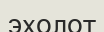
эхолот